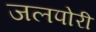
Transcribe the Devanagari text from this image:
जलपोरी